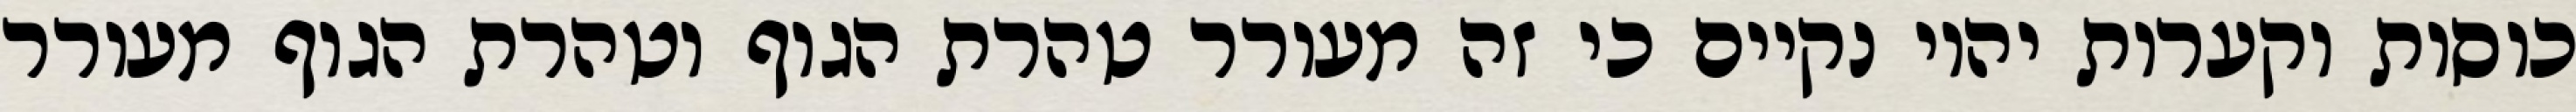
כוסות וקערות יהיו נקיים כי זה מעורר טהרת הגוף וטהרת הגוף מעורר